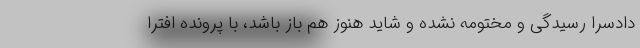
دادسرا رسیدگی و مختومه نشده و شاید هنوز هم باز باشد، با پرونده افترا